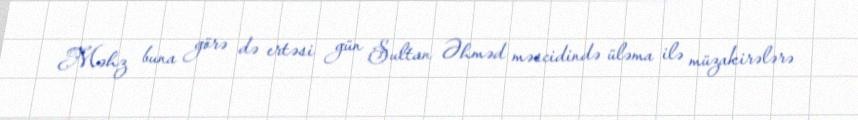
Məhz buna görə də ertəsi gün Sultan Əhməd məscidində üləma ilə müzakirələrə